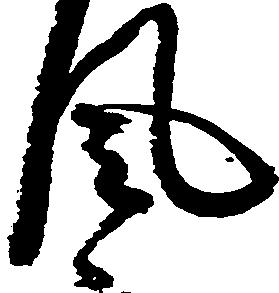
風